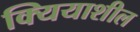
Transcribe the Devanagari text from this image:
क्यियाशील